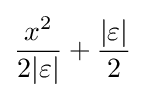
{\frac {x^{2}}{2|\varepsilon |}}+{\frac {|\varepsilon |}{2}}